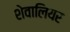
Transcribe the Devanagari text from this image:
शेवालियर